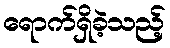
ရောက်ရှိခဲ့သည့်